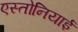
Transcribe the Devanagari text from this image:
एस्तोनियाई